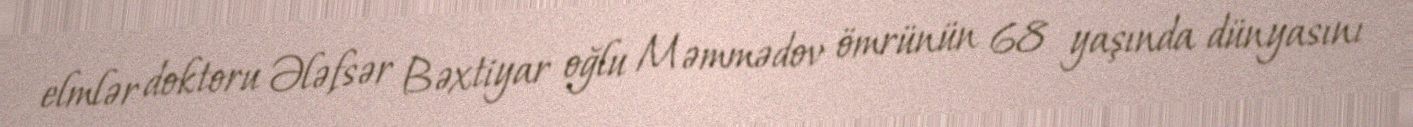
elmlər doktoru Ələfsər Bəxtiyar oğlu Məmmədov ömrünün 68 yaşında dünyasını